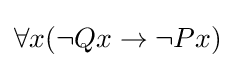
\forall {x}(\neg Q{x}\to \neg P{x})